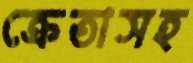
ক্রেতাসহ